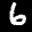
Label: 6